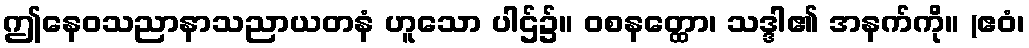
ဤနေဝသညာနာသညာယတနံ ဟူသော ပါဌ်၌။ ဝစနတ္ထော၊ သဒ္ဒါ၏ အနက်ကို။ (ဧဝံ၊